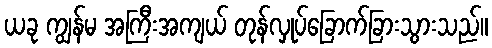
ယခု ကျွန်မ အကြီးအကျယ် တုန်လှုပ်ခြောက်ခြားသွားသည်။